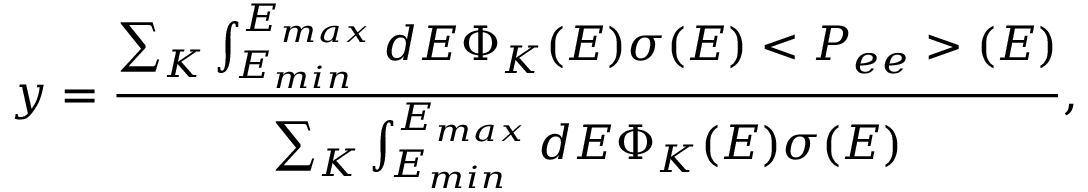
y = \frac { \sum _ { K } \int _ { E _ { m i n } } ^ { E _ { m a x } } d E \Phi _ { K } ( E ) \sigma ( E ) < P _ { e e } > ( E ) } { \sum _ { K } \int _ { E _ { m i n } } ^ { E _ { m a x } } d E \Phi _ { K } ( E ) \sigma ( E ) } ,